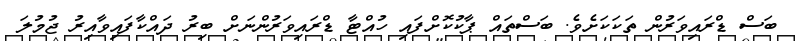
ބަސް ޑްރައިވަރުން ތަކަކަށެވެ. ބަސްތައް ޕާކުކޮށްފައި ހުއްޓާ ޑްރައިވަރުންނަށް ބިރު ދައްކާފައިވާއިރު ޖުމުލަ